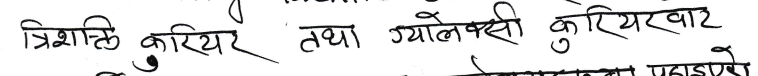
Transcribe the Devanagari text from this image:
त्रिशाटि करियर तथा ग्यालेक्सी कुरियरबाट